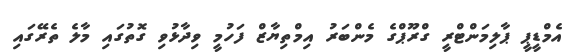
އެމްޑީޕީ ޕާލިމަންޓްރީ ގްރޫޕްގެ މެންބަރު އިމްތިޔާޒް ފަހުމީ ވިދާޅުވި ގޮތުގައި މާލެ ތެރޭގައި